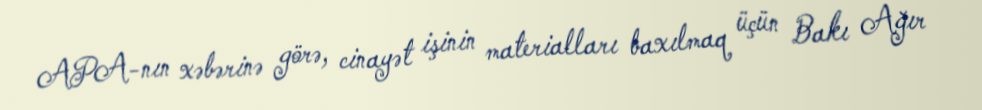
APA-nın xəbərinə görə, cinayət işinin materialları baxılmaq üçün Bakı Ağır